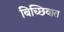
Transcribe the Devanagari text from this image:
बिच्छिवारा